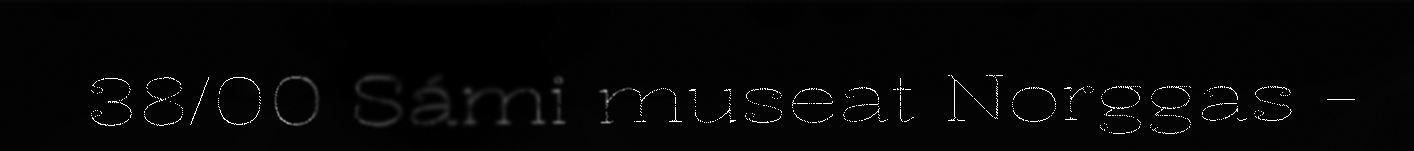
38/00 Sámi museat Norggas -